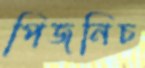
পিজনিচ